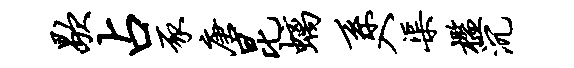
歇占豕唐昆螭系入渠槛沉